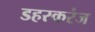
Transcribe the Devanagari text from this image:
डहरकरंज